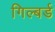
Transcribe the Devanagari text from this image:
गिल्बर्ड